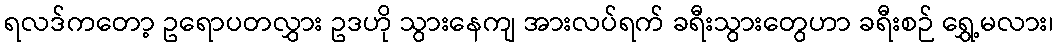
ရလဒ်ကတော့ ဥရောပတလွှား ဥဒဟို သွားနေကျ အားလပ်ရက် ခရီးသွားတွေဟာ ခရီးစဉ် ရွှေ့မလား၊